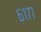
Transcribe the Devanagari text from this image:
६१७७